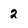
Character: 2